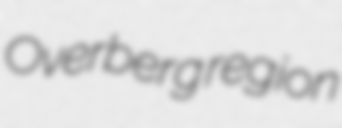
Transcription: Overberg region